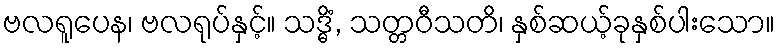
ဗလရူပေန၊ ဗလရုပ်နှင့်။ သဒ္ဓိံ, သတ္တဝီသတိ၊ နှစ်ဆယ့်ခုနှစ်ပါးသော။